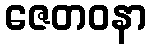
ဇေတဝနာ